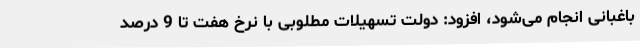
باغبانی انجام می‌شود، افزود: دولت تسهیلات مطلوبی با نرخ هفت تا 9 درصد